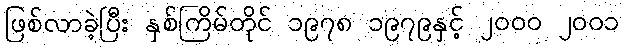
ဖြစ်လာခဲ့ပြီး နှစ်ကြိမ်တိုင် ၁၉၇၈ ၁၉၇၉နှင့် ၂၀၀၀ ၂၀၀၁